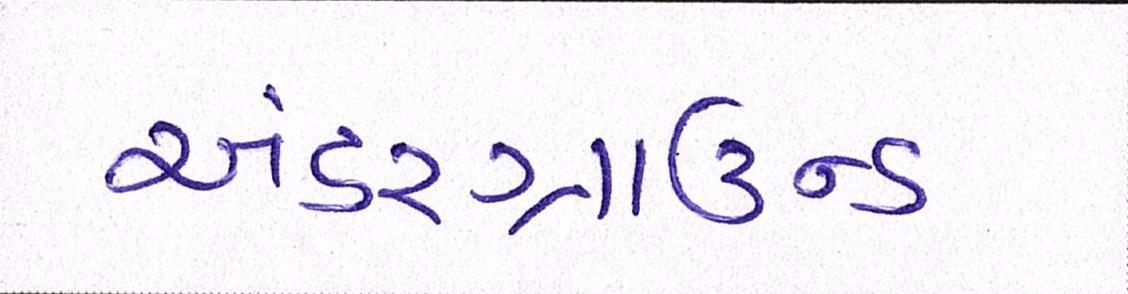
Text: અંડરગ્રાઉન્ડ